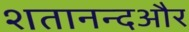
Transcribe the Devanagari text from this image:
शतानन्दऔर